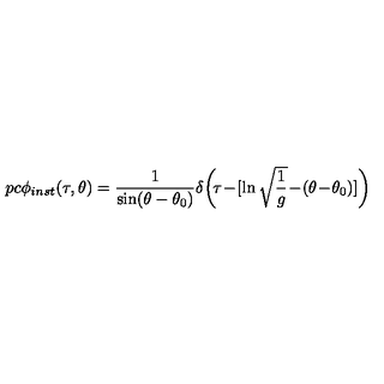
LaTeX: \hspace { - 1 p c } \phi _ { i n s t } ( \tau , \theta ) = { \frac { 1 } { \sin ( \theta - \theta _ { 0 } ) } } \delta \! \left( \! \tau \! - \! [ \ln \sqrt { { \frac { 1 } { g } } } \! - \! ( \theta \! - \! \theta _ { 0 } ) ] \right)